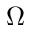
\Omega